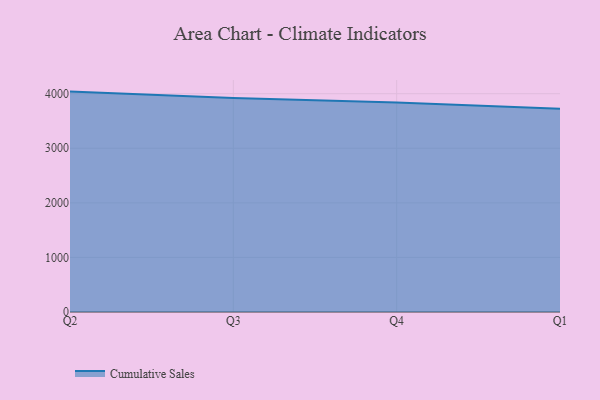
{"axis": {"x": "Quarter", "y": "Temperature (°C)"}, "legend": ["Cumulative Sales"], "data": [{"x": "Q2", "y": 4038.7, "type": "Cumulative Sales"}, {"x": "Q3", "y": 3922.5, "type": "Cumulative Sales"}, {"x": "Q4", "y": 3836.9, "type": "Cumulative Sales"}, {"x": "Q1", "y": 3726.1, "type": "Cumulative Sales"}]}